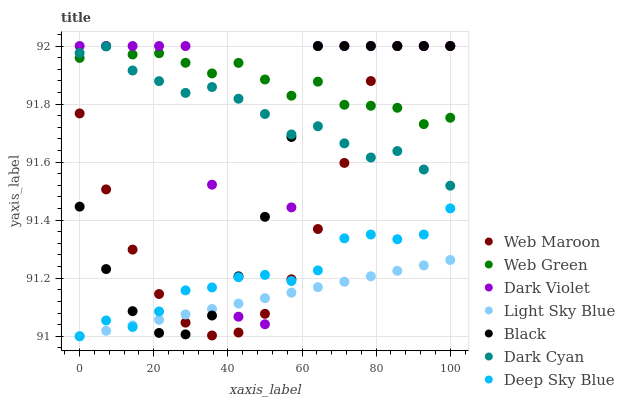
| xaxis_label | Web Maroon | Web Green | Dark Violet | Light Sky Blue | Black | Dark Cyan | Deep Sky Blue |
 | --- | --- | --- | --- | --- | --- | --- | --- |
 | 0 | 91.8 | 92 | 92 | 91 | 91.4 | 92 | 91 |
 | 7.14 | 91.5 | 92 | 92 | 91 | 91.2 | 92 | 91.1 |
 | 14.3 | 91.3 | 92 | 92 | 91 | 91.1 | 91.9 | 91 |
 | 21.4 | 91.1 | 92 | 92 | 91.1 | 91 | 91.9 | 91.1 |
 | 28.6 | 91 | 91.9 | 92 | 91.1 | 91 | 91.8 | 91.2 |
 | 35.7 | 91 | 91.9 | 91.5 | 91.1 | 91.1 | 91.9 | 91.2 |
 | 42.9 | 91 | 91.9 | 91.1 | 91.1 | 91.2 | 91.8 | 91.2 |
 | 50 | 91.1 | 91.9 | 91 | 91.1 | 91.4 | 91.8 | 91.2 |
 | 57.1 | 91.2 | 91.8 | 91.4 | 91.2 | 91.7 | 91.7 | 91.2 |
 | 64.3 | 91.4 | 91.9 | 92 | 91.2 | 92 | 91.7 | 91.2 |
 | 71.4 | 91.6 | 91.8 | 92 | 91.2 | 92 | 91.7 | 91.3 |
 | 78.6 | 91.9 | 91.8 | 92 | 91.2 | 92 | 91.6 | 91.4 |
 | 85.7 | 92 | 91.8 | 92 | 91.2 | 92 | 91.6 | 91.3 |
 | 92.9 | 92 | 91.7 | 92 | 91.2 | 92 | 91.6 | 91.4 |
 | 100 | 92 | 91.8 | 92 | 91.3 | 92 | 91.5 | 91.4 |